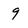
Character: 9